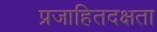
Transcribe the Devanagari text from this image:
प्रजाहितदक्षता